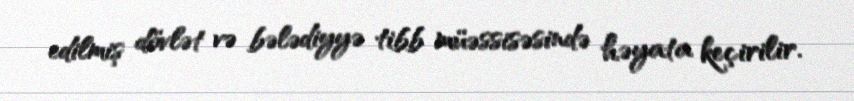
edilmiş dövlət və bələdiyyə tibb müəssisəsində həyata keçirilir.